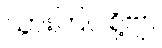
သွားကြပါစို့ဗျာ